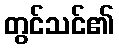
တွင်သင်၏